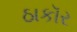
ઠાકૉર